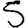
Digit: 5